[Report on the health of British troops in the Madras command]
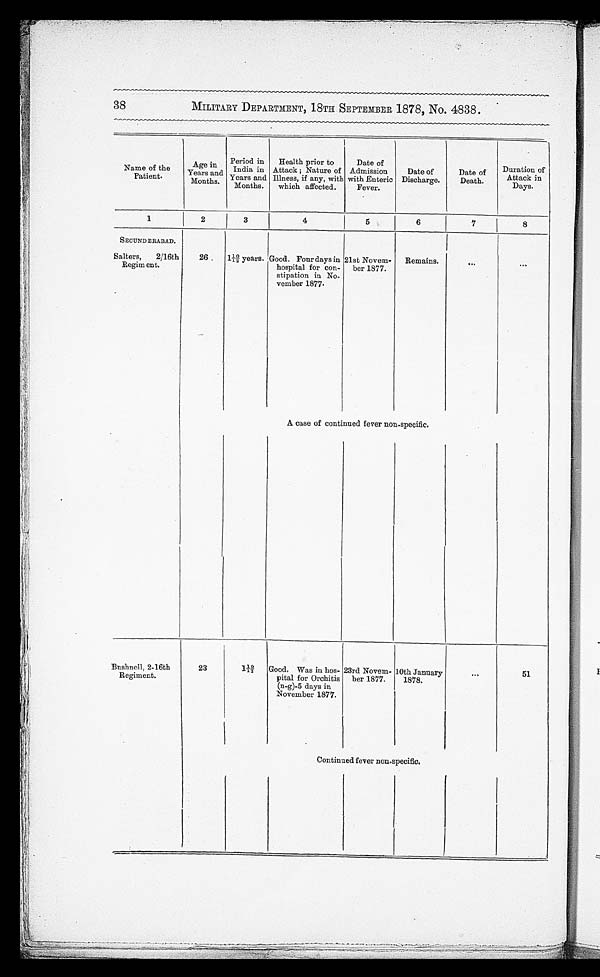
38
MILITARY DEPARTMENT, 18TH SEPTEMBER 1878, No. 4838.
Name of the
Patient.
Age i n Years and
Months.
Period in
India in
Years and
Months.
H e a l t h p r i o r t o
Attack; Nature of
Illness, if any, with
which affected.
Date of
Admission
with Enteric
Fever.
Date of
Discharge.
Date of
Death.
Duration of
Attack in
Days.
1
2
3
4
5
6
7
8
SECUNDERABAD.
Salters, 2/16th
Regiment.
26
110/12 years. Good. Four days in
hospital for con
- stipation in No
-vember 1877.
21st Novem
-ber 1877.
Remains.
A case of continued fever non-specific.
Bushnell, 2–16th
Regiment.
23
110/12
Good. Was in hos
-pital for Orchitis
(n-g)-5 days in
November 1877.
23rd Novem
-ber 1877.
10th January
1878.
51
Continued fever non-specific.